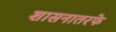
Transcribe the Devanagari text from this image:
शासनातरफे